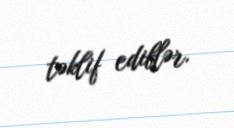
təklif ediblər.